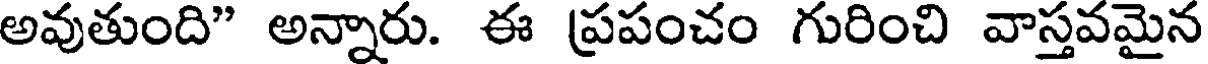
అవుతుంది" అన్నారు. ఈ ప్రపంచం గురించి వాస్తవమైన